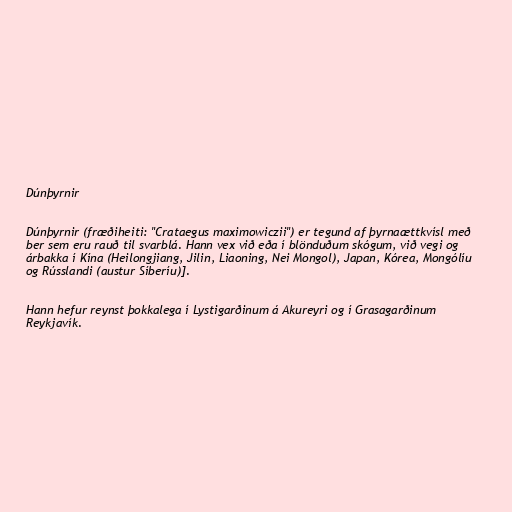
Dúnþyrnir

Dúnþyrnir (fræðiheiti: "Crataegus maximowiczii") er tegund af þyrnaættkvísl með
ber sem eru rauð til svarblá. Hann vex við eða í blönduðum skógum, við vegi og
árbakka í Kína (Heilongjiang, Jilin, Liaoning, Nei Mongol), Japan, Kórea, Mongólíu
og Rússlandi (austur Síberíu)].

Hann hefur reynst þokkalega í Lystigarðinum á Akureyri og í Grasagarðinum
Reykjavík.